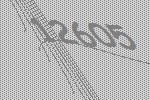
12605